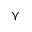
\curlyvee